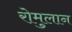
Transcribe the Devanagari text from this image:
रोमुलान